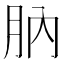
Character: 肭